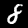
Digit: 8